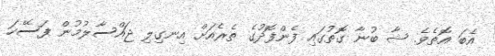
އެބަ އޮތެވެ. ޝާ ބުނާ ގޮތުގައި ފެންފޮދުގެ ތެރެއަށް އިނގިލި ޖައްސާލުމުން ފަސޭހަ